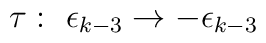
\tau:\,\,\epsilon_{k-3}\rightarrow -\epsilon_{k-3}